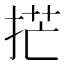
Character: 𫼳